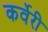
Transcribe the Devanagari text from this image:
कर्वेरी